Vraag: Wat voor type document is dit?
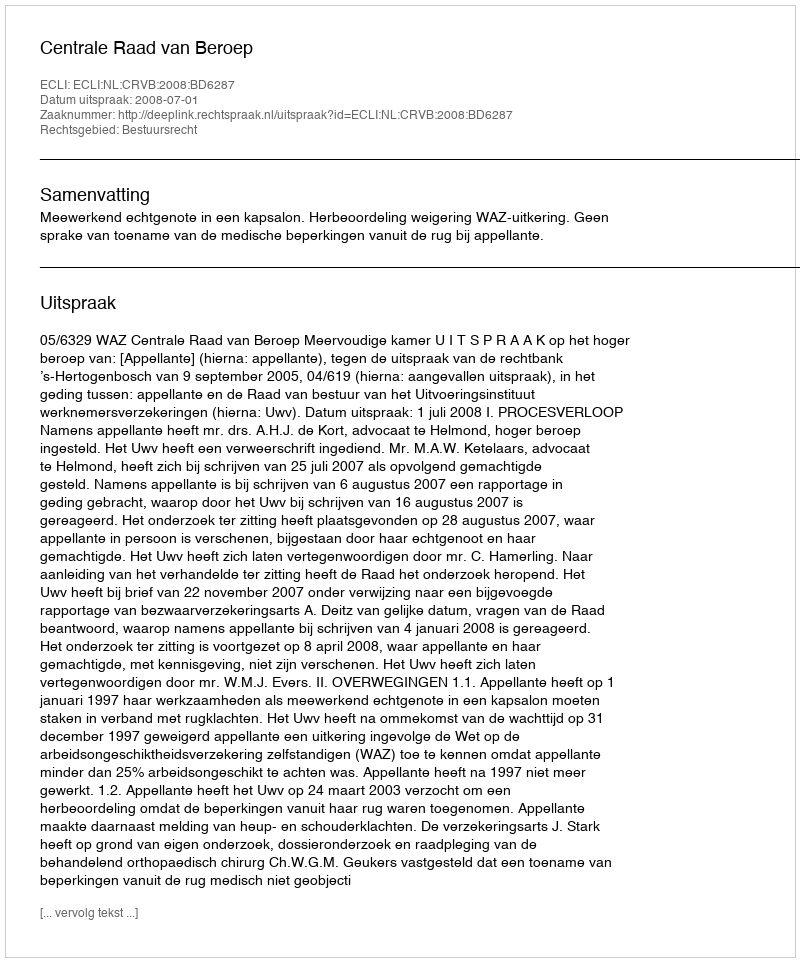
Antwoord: Uitspraak